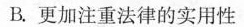
B.更加注重法律的实用性